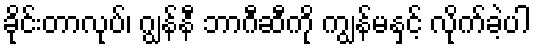
ခိုင်းတာလုပ်၊ ဂျွန်နီ ဘာဂီဆီကို ကျွန်မနှင့် လိုက်ခဲ့ပါ